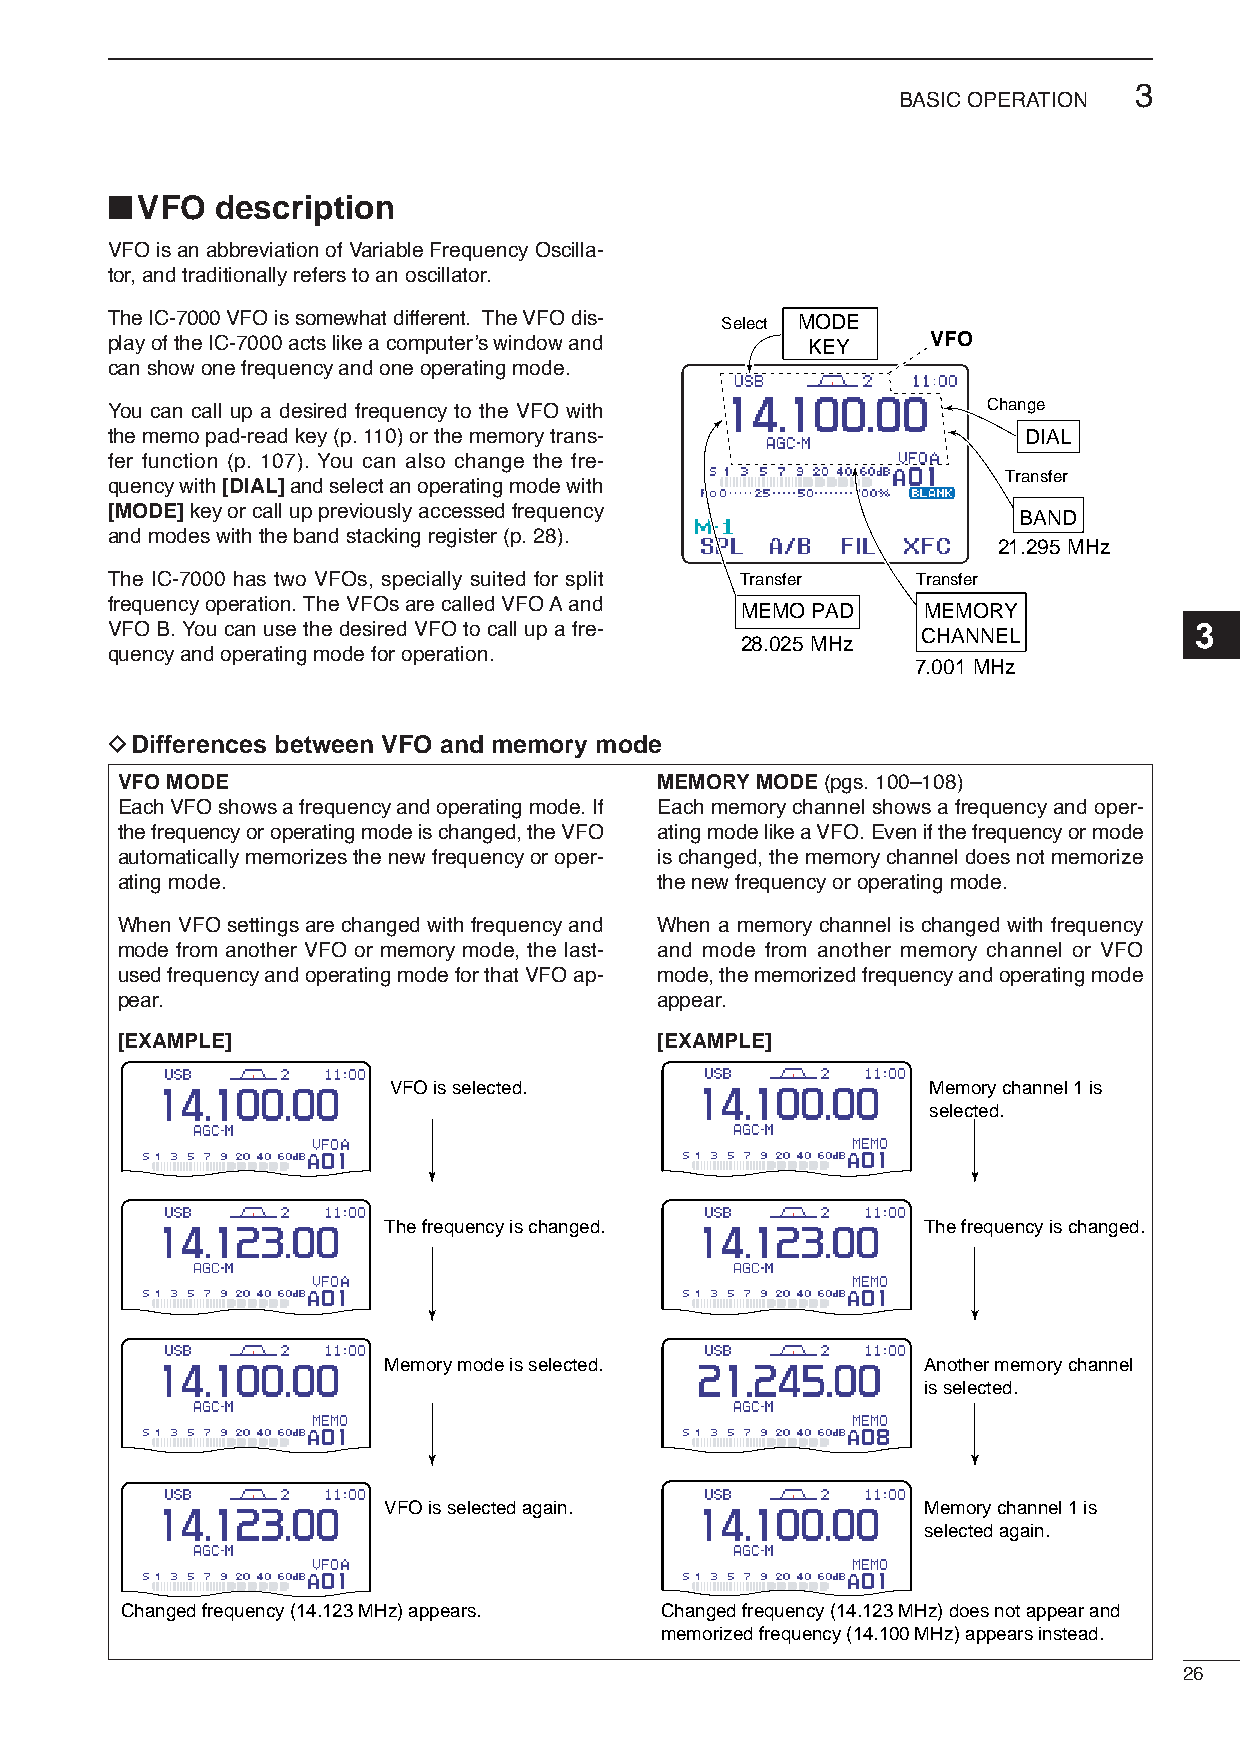
3
 BASIC OPERATION
 ■
 VFO  description
 VFO is an abbreviation of Variable Frequency Oscilla-
 tor, and traditionally refers to an oscillator.
 The IC-7000 VFO is somewhat different. The VFO dis- Select MODE
 play of the IC-7000 acts like a computer’s window and KEY VFO
 can show one frequency and one operating mode.
 You can call up a desired frequency to the VFO with       Change
 the memo pad-read key (p. 110) or the memory trans-          DIAL
 fer function (p. 107). You can also change the fre-
 Transfer
 quency with [DIAL]and select an operating mode with
 [MODE]key or call up previously accessed frequency          BAND
 and modes with the band stacking register (p. 28).
 21.295 MHz
 The IC-7000 has two VFOs, specially suited for split Transfer Transfer
 frequency operation. The VFOs are called VFO Aand
 MEMO PAD    MEMORY
 VFO B. You can use the desired VFO to call up a fre-                    3
 CHANNEL
 28.025 MHz
 quency and operating mode for operation.
 7.001 MHz
 DDifferences between VFO and memory mode
 VFO MODE                           MEMORYMODE  (pgs. 100–108)
 Each VFO shows a frequency and operating mode. If Each memory channel shows a frequency and oper-
 the frequency or operating mode is changed, the VFO ating mode like a VFO. Even if the frequency or mode
 automatically memorizes the new frequency or oper- is changed, the memory channel does not memorize
 ating mode.                        the new frequency or operating mode.
 When VFO settings are changed with frequency and When a memory channel is changed with frequency
 mode from another VFO or memory mode, the last- and mode from another memory channel or VFO
 used frequency and operating mode for that VFO ap- mode, the memorized frequency and operating mode
 pear.                              appear.
 [EXAMPLE]                          [EXAMPLE]
 VFO is selected.                   Memory channel 1 is
 selected.
 The frequency is changed.           The frequency is changed.
 Memory mode is selected.            Another memory channel
 is selected.
 VFO is selected again.              Memory channel 1 is
 selected again.
 Changed frequency (14.123 MHz) appears. Changed frequency (14.123 MHz) does not appear and
 memorized frequency (14.100 MHz) appears instead.
 26